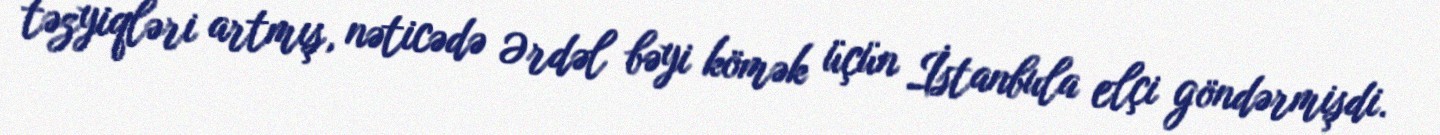
təzyiqləri artmış, nəticədə Ərdəl bəyi kömək üçün İstanbula elçi göndərmişdi.